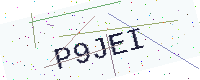
Text: P9JEI